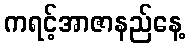
ကရင့်အာဇာနည်နေ့